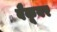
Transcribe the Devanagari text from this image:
वैकूवर